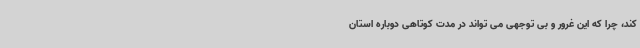
کند، چرا که این غرور و بی توجهی می تواند در مدت کوتاهی دوباره استان